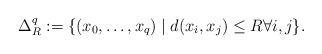
LaTeX: \begin{align*} \Delta^q_R:=\{(x_0,\ldots,x_q)\mid d(x_i,x_j)\le R\forall i,j\}.\end{align*}